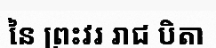
នៃ ព្រះវរ រាជ បិតា